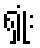
ရှုံး